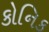
કોનિક